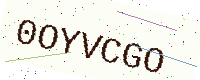
Text: 0OYVCGO